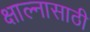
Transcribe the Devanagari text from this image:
क्षाल्नासाठी